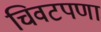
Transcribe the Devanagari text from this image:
चिवटपणा